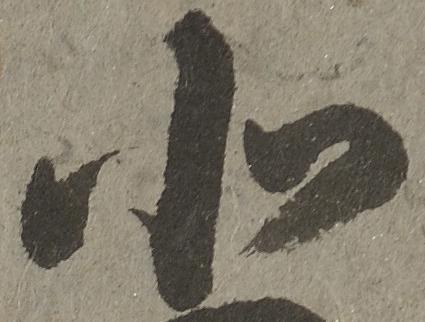
北